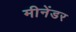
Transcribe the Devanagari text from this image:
मीनेंडर